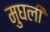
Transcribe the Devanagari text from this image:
मुघली